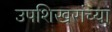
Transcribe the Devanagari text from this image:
उपशिखरांच्या